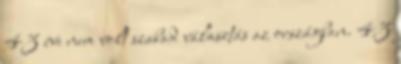
43 éve nem volt szabad választás az országban. 43